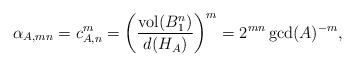
LaTeX: \begin{align*} \alpha_{A, mn} = c_{A, n}^{m} = \left( \dfrac{\mathrm{vol}(B_1^n)}{d(H_A)} \right)^m = 2^{mn} \gcd(A)^{-m},\end{align*}